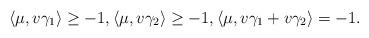
LaTeX: \begin{align*}\langle \mu,v\gamma_1\rangle\geq -1,\langle \mu,v\gamma_2\rangle\geq -1,\langle \mu,v\gamma_1+v\gamma_2\rangle = -1.\end{align*}